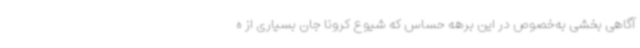
آگاهی بخشی به‌خصوص در این برهه حساس که شیوع کرونا جان بسیاری از ه